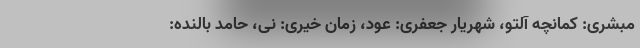
مبشری: کمانچه آلتو، شهریار جعفری: عود، زمان خیری: نی، حامد بالنده: